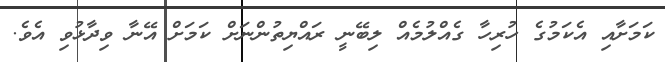
ކަމަށާއި އެކަމުގެ ހުރިހާ ގެއްލުމެއް ލިބޭނީ ރައްޔިތުންނަށް ކަމަށް އޭނާ ވިދާޅުވި އެވެ.